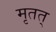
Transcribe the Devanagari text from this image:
मृतत्